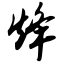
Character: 烽